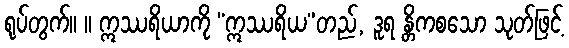
ရုပ်တွက်။ ။ ဣဿရိယာကို “ဣဿရိယ”တည်, ဒူရ န္တိကစသော သုတ်ဖြင့်